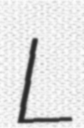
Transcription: L